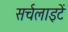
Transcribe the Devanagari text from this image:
सर्चलाइटें